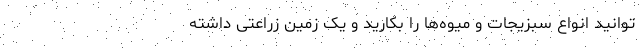
‌توانید انواع سبزیجات و میوه‌ها را بکارید و یک زمین زراعتی داشته